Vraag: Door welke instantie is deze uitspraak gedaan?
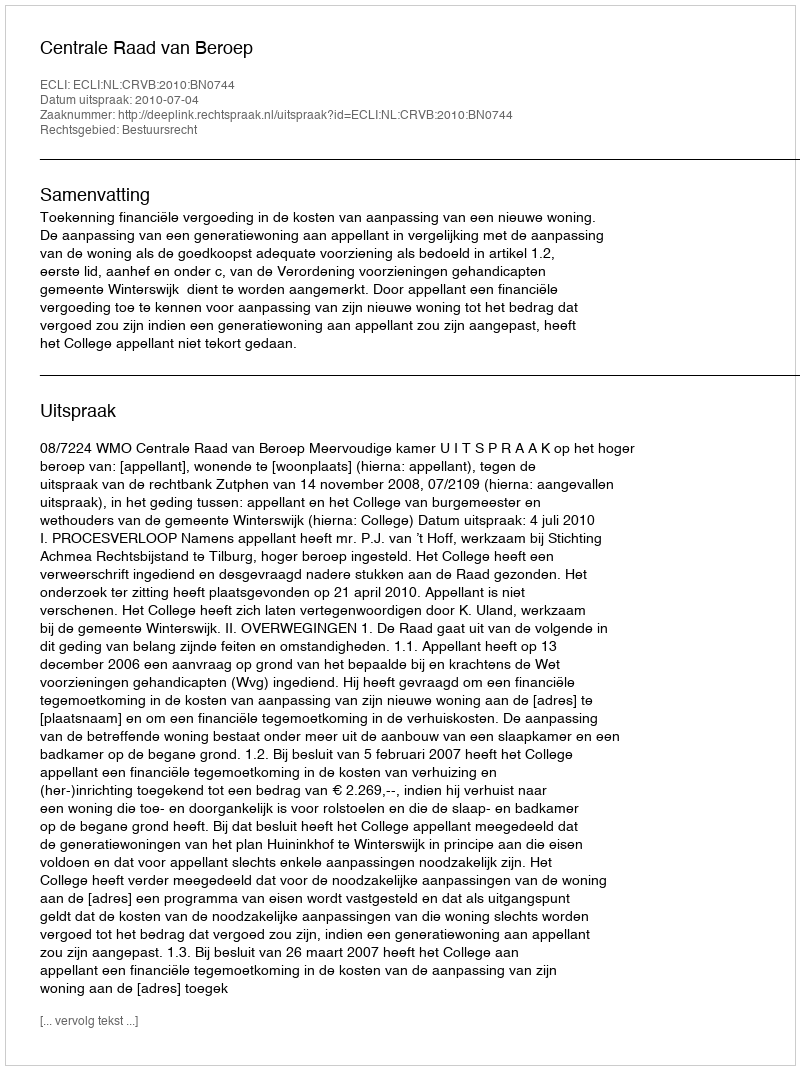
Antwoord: Centrale Raad van Beroep